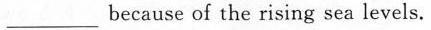
___because of the rising sea levels.